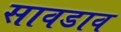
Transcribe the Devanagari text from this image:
सावडाव